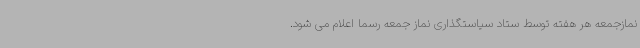
نمازجمعه هر هفته توسط ستاد سیاستگذاری نماز جمعه رسماً اعلام می شود.